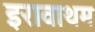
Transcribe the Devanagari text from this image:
इरावाथम